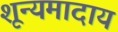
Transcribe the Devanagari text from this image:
शून्यमादाय